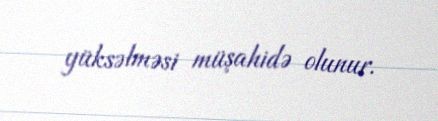
yüksəlməsi müşahidə olunur.